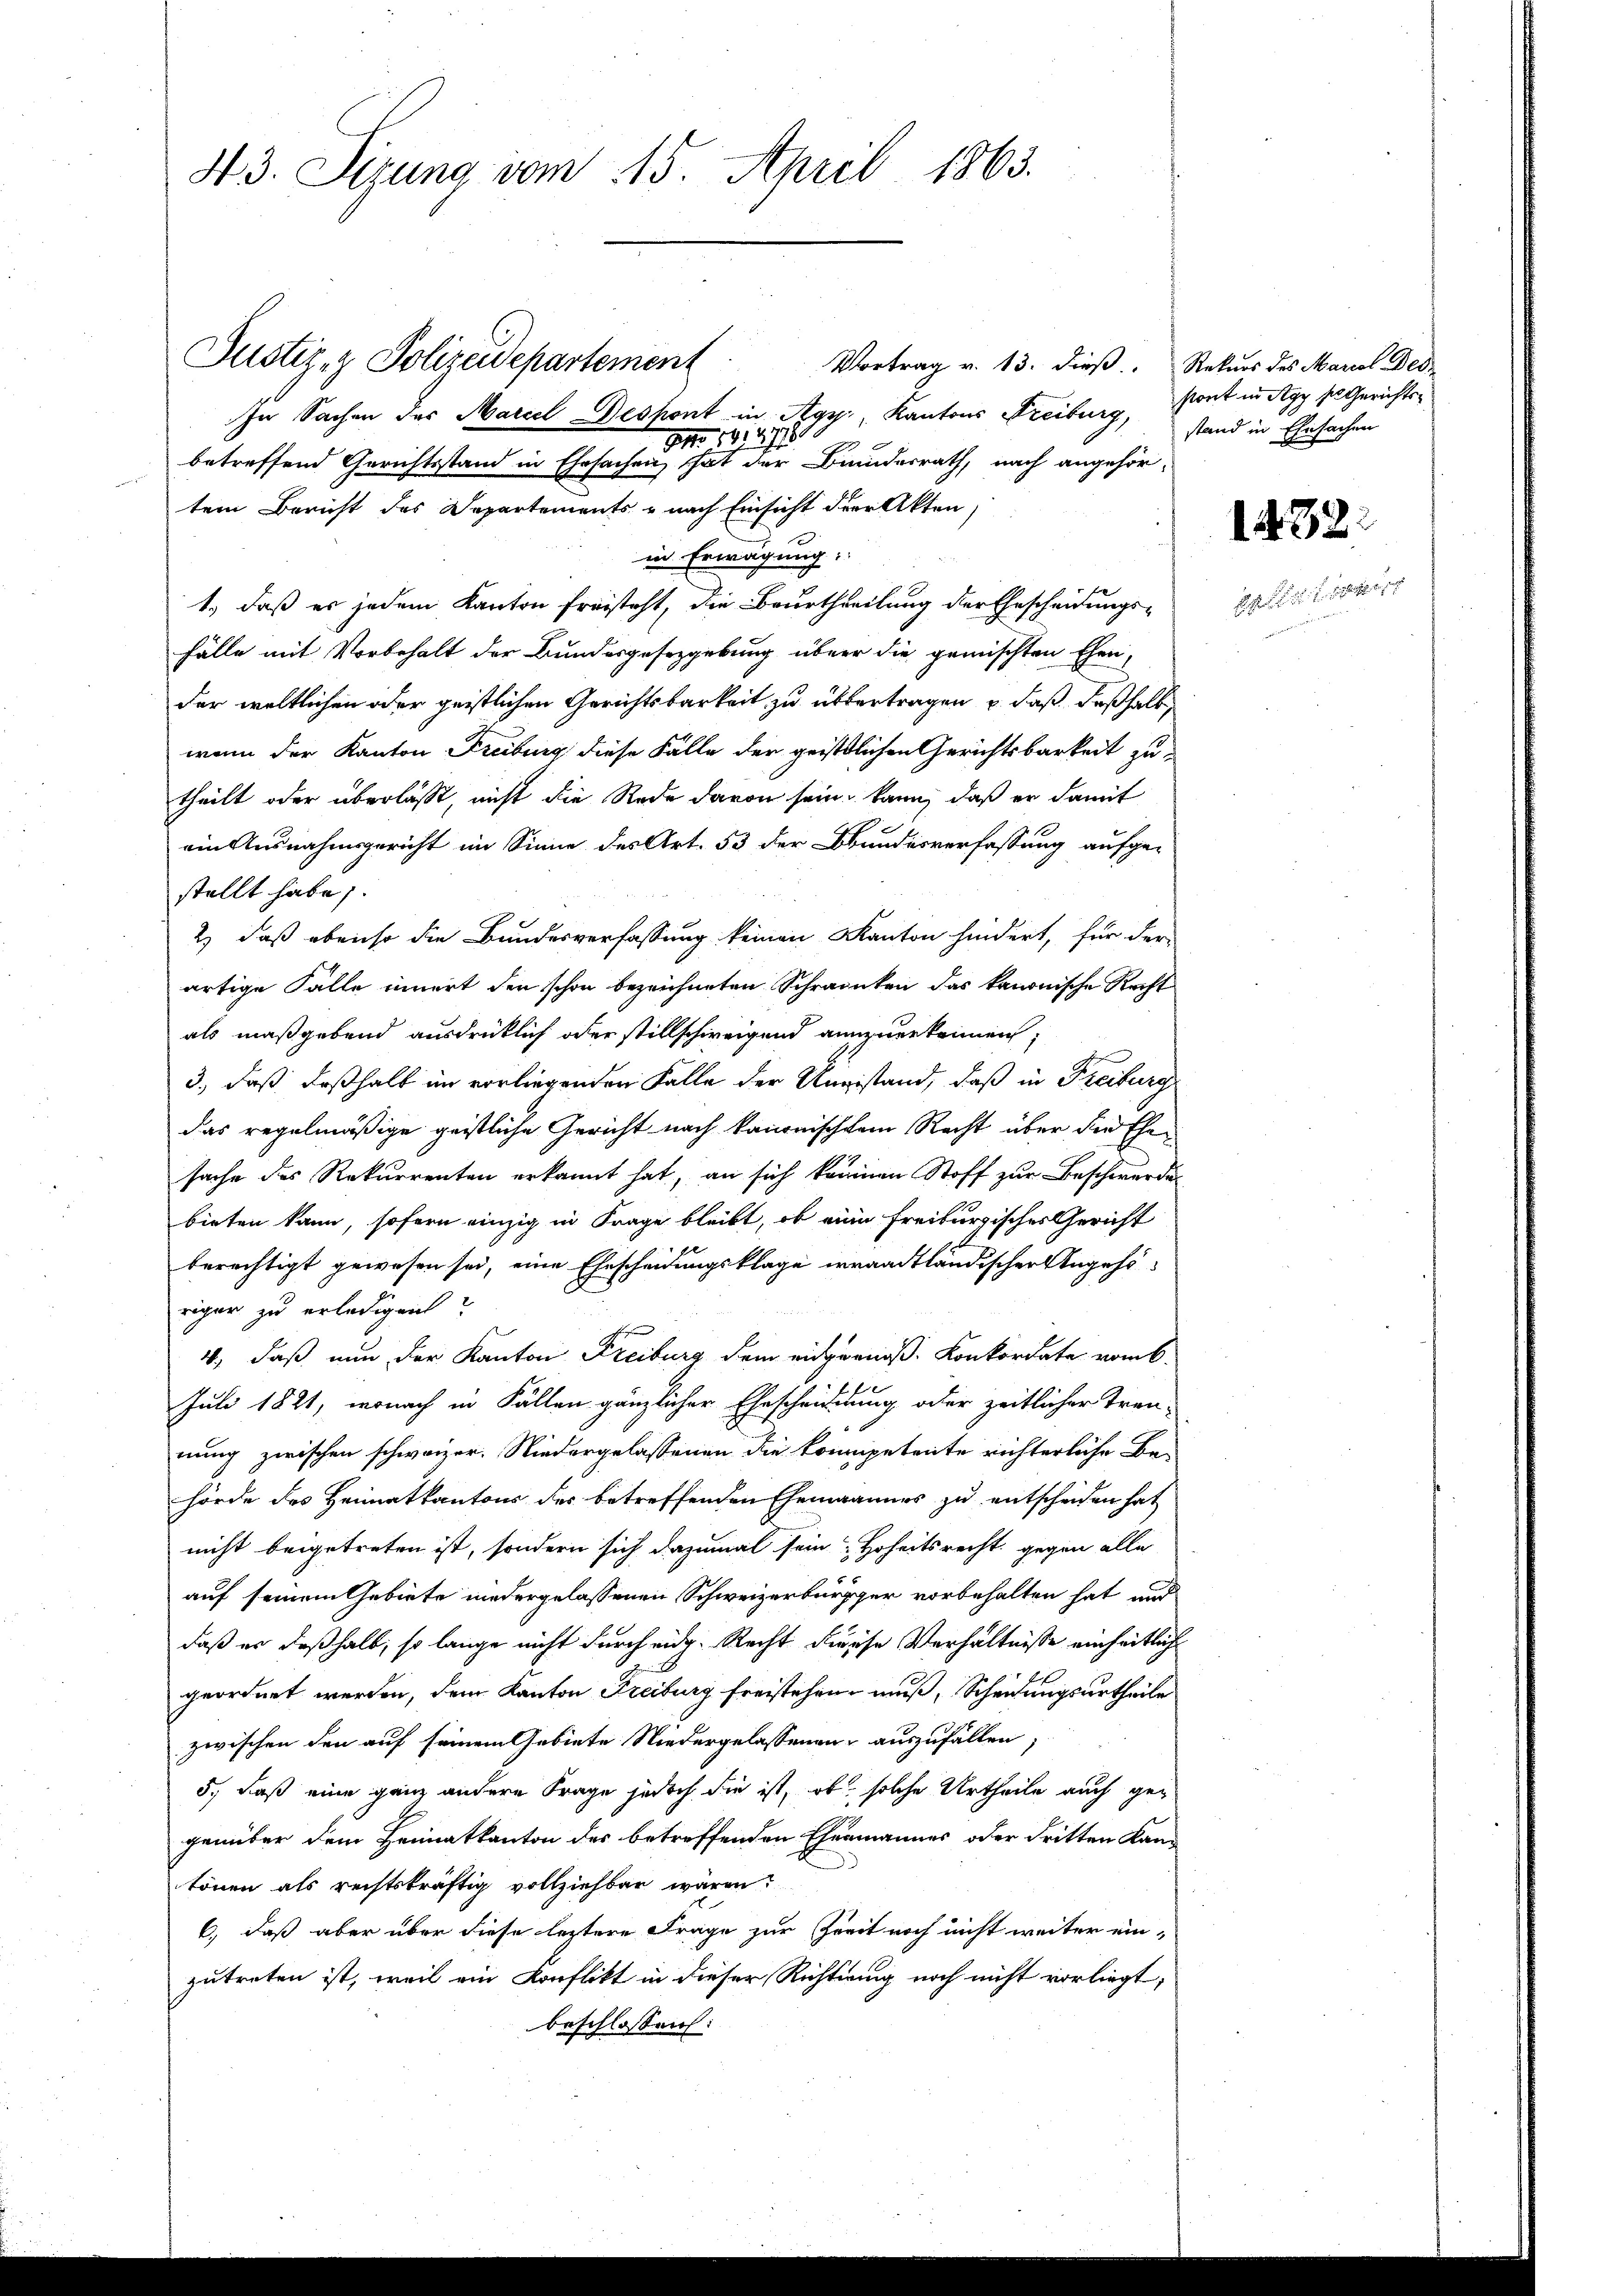
43. Sizung vom 15. April 1863.

Vortrag v. 13. dieß. Rekurs des Marcol Des-
In Sachen der Marcel Respont in Agr. Kantons Freiburg,
Ao 181471811
betreffend Gerichtsstand in Ehrsachen hat der Bundesrath, nach angehör-
tem Bericht des Departements - nach Einsicht der Akten,
in Erwägung:
1., daß es jedem Kanton freisteht, die Beurtheilung der Ehescheidungs¬
Fälle mit Vorbehalt der Bundesgesetzgebung über die gemischten Ehen,
der weltlichen oder geistlichen Gerichtsbarkeit zu übertragen, u. daß deßhalb
wenn der Kanton Freiburg diese Fälle der geistlichen Gerichtsbarkeit zu
theilt oder überlässt, nicht die Rede davon sein, kann, daß er damit
ein Ausnahmsgericht im Sinne des Art. 53 der Bundesverfassung aufge-
stellt habe.
2) daß ebenso die Bundesverfassung keinen Kanton hindert, für der
artige Falle innert den schon bezeichneten Schranken das kanonische Recht
als maßgebend ausdrücklich oder stillschweigend anzuerkennen;
3., daß deßhalb im vorliegenden Falle der Ungestand, daß in Freiburg
das regelmäßige geistliche Gericht nach kanonischem Recht über die Ehesache des Rekurrenten erkannt hat, an sich können Stoff zur Beschwerden
bieten kann, sofern einzig in Frage bleibt, ob eine Freiburgisches Gericht
berechtigt gewesen sei, eine Ehescheidungsklage irraadtländischer Angehe
riger zu erledigen?
4., daß nun der Kanton Freiburg dem eidgenöss. Konkordate vom 6.
Juli 1821, wonach in Fällen gänzlicher Ehescheidung oder zeitlicher Tren-
nung zwischen schweizer. Niedergelassenen die kompetente richterliche Be-
hörde des Heimatkantons des betreffenden Ehemannes zu entscheiden hat
nicht beigetreten ist, sondern sich dazumal sein Hoheitsrecht gegen alle
auf seinem Gebiete niedergelassenen Schweizerbürgger vorbehalten hat und
daß er deßhalb, so lange nicht durch eidg. Recht diese Verhältnisse einheitliche
geordnet werden, dem Kanton Freiburg freistehen muß, Scheidungsurtheile
zwischen den auf seinem Gebiete Niedergelassenen auszufällen,
5., daß eine ganz andere Frage jedoch die ist, ob solche Urtheile auch gegenüber dem Heimatkanton des betreffenden Ehenmannes oder dritten Kan-
tönen als rechtskräftig vollziehbar wären.
6, daß aber über diese leztere Frage zur Zeit noch nicht weiter ein-
zutreten ist, weil ein Konflikt in dieser Richtung noch nicht vorliegt,
beschlossen:

Justiz- & Polizeidepartement

stont in Agy sie Gerichtsstand in Ehesachen

132:

dt ist